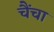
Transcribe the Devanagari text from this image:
चैंचा